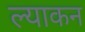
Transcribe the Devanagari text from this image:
ल्याकन